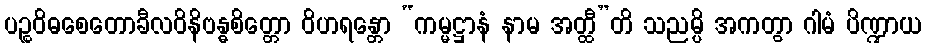
ပဉ္စဝိဓစေတောခီလဝိနိဗန္ဓစိတ္တော ဝိဟရန္တော “ကမ္မဋ္ဌာနံ နာမ အတ္ထီ”တိ သညမ္ပိ အကတွာ ဂါမံ ပိဏ္ဍာယ